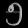
Digit: ၅